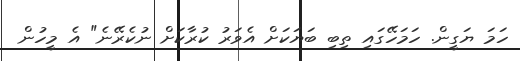
ހަމަ ޔަގީން. ހަމަހޭގައި ތިބި ބަޔަކަށް އެވަރު ކުރާކަށް ނުކެރޭނެ" އެ މީހުން